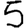
Digit: 5